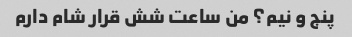
پنج و نیم؟ من ساعت شش قرار شام دارم